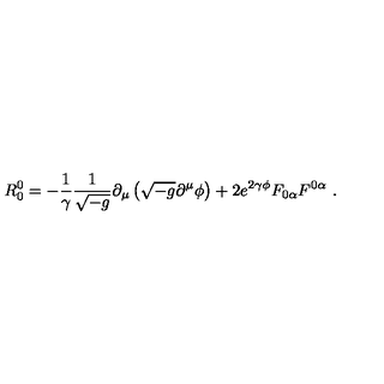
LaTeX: R _ { 0 } ^ { 0 } = - \frac { 1 } { \gamma } \frac { 1 } { \sqrt { - g } } \partial _ { \mu } \left( \sqrt { - g } \partial ^ { \mu } \phi \right) + 2 e ^ { 2 \gamma \phi } F _ { 0 \alpha } F ^ { 0 \alpha } \ .